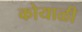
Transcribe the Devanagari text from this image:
कोयाळी